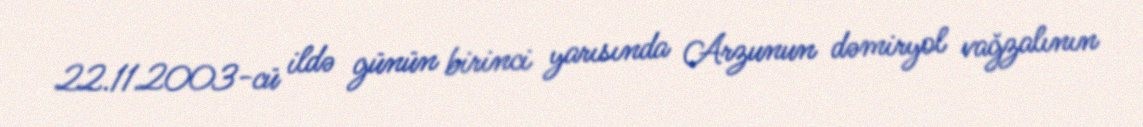
22.11.2003-cü ildə günün birinci yarısında Arzunun dəmiryol vağzalının